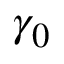
\gamma _ { 0 }